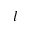
l